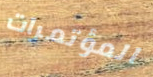
المؤتمرات